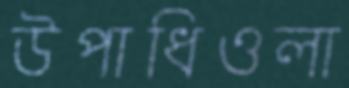
উপাধিওলা